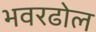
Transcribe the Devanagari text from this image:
भवरढोल